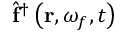
\hat { \mathbf { f } } ^ { \dagger } \left( \mathbf { r } , \omega _ { f } , t \right)